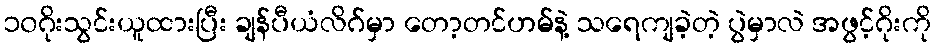
၁၀ဂိုးသွင်းယူထားပြီး ချန်ပီယံလိဂ်မှာ တော့တင်ဟမ်နဲ့ သရေကျခဲ့တဲ့ ပွဲမှာလဲ အဖွင့်ဂိုးကို